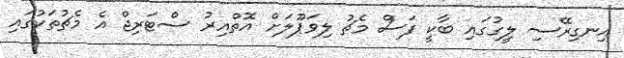
އިނގިރޭސި ލީގުގައި ބާކީ ފަސް މެޗު ލިވަޕޫލަށް އޮތްއިރު ސްޓަރިޖް އެ މެޗުތަކުގައި